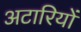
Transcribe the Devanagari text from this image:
अटारियों